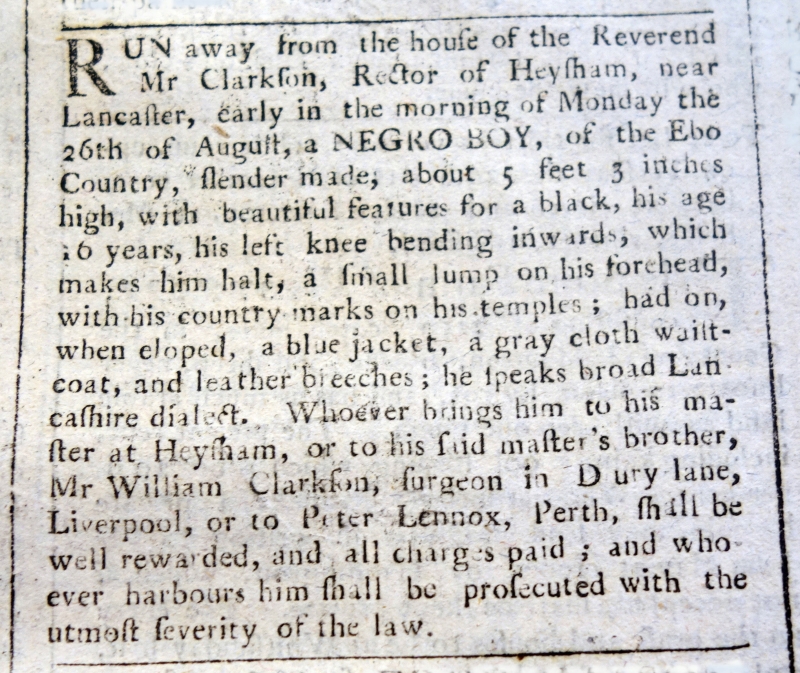
Edinburgh Evening Courant, 5 October 1765 (Scotland)
RUN away from the house of the Reverend Mr Clarkson, Rector of Heysham, near Lancaster, early in the morning of Monday the 26th of August, a NEGRO BOY, of the Ebo Country, slender made, about 5 feet 3 inches high, with beautiful features for a black, his age 16 years, his left knee bending inwards, which makes him halt, a small lump on his forehead, with his country marks on his temples; had on, when eloped, a blue jacket, a gray cloth waistcoat, and leather breeches; he speaks broad Lancashire dialect. Whoever brings him to his master at Heysham, or to his said master's brother, Mr William Clarkson, surgeon in Drury Lane, Liverpool, or to Peter Lennox, Perth, shall be well rewarded, and all charges paid; and whoever harbours him shall be prosecuted with the utmost severity of the law.